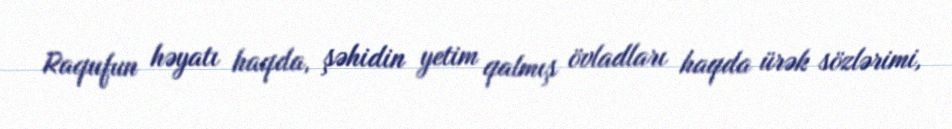
Raqufun həyatı haqda, şəhidin yetim qalmış övladları haqda ürək sözlərimi,